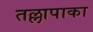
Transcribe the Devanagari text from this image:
तल्लापाका